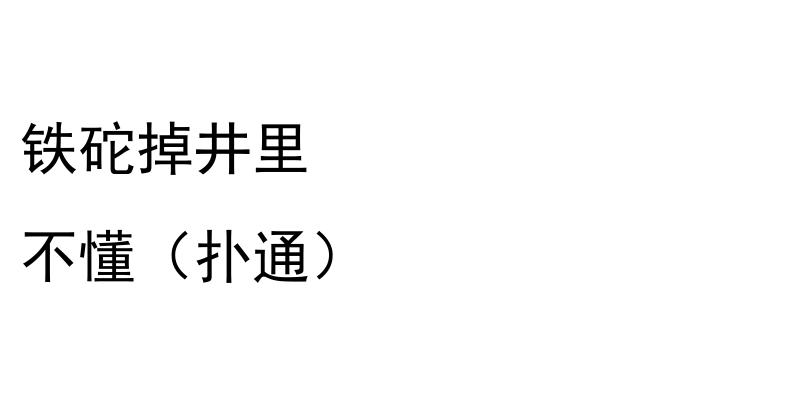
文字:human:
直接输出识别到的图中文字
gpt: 铁砣掉井里 不懂（扑通）